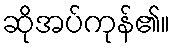
ဆိုအပ်ကုန်၏။